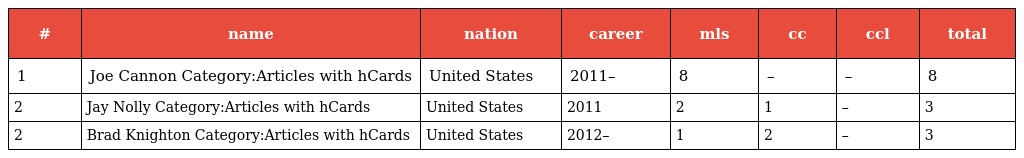
| # | name | nation | career | mls | cc | ccl | total |
 | --- | --- | --- | --- | --- | --- | --- | --- |
 | 1 | Joe Cannon Category:Articles with hCards | United States | 2011– | 8 | – | – | 8 |
 | 2 | Jay Nolly Category:Articles with hCards | United States | 2011 | 2 | 1 | – | 3 |
 | 2 | Brad Knighton Category:Articles with hCards | United States | 2012– | 1 | 2 | – | 3 |